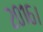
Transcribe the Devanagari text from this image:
२०१६।